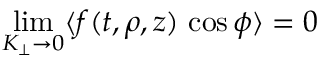
\operatorname * { l i m } _ { K _ { \perp } \to 0 } \langle f ( t , \rho , z ) \, \cos \phi \rangle = 0